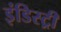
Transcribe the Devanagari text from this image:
इंडिस्ट्री